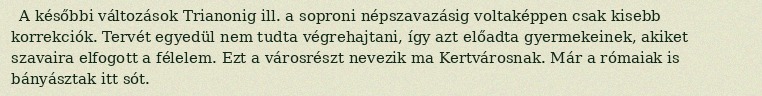
A későbbi változások Trianonig ill. a soproni népszavazásig voltaképpen csak kisebb korrekciók. Tervét egyedül nem tudta végrehajtani, így azt előadta gyermekeinek, akiket szavaira elfogott a félelem. Ezt a városrészt nevezik ma Kertvárosnak. Már a rómaiak is bányásztak itt sót.